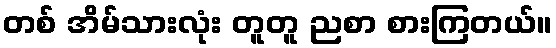
တစ် အိမ်သားလုံး တူတူ ညစာ စားကြတယ်။